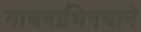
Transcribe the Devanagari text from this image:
गायनाभिनयाने